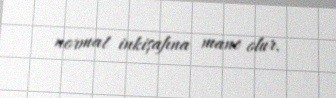
normal inkişafına mane olur.